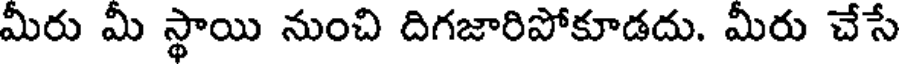
మీరు మీ స్థాయి నుంచి దిగజారిపోకూడదు. మీరు చేసే